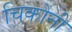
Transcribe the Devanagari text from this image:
चिकोनी